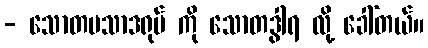
- သောတပသာဒရုပ် ကို သောတဒွါရ လို့ ခေါ်တယ်။